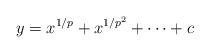
LaTeX: \begin{align*}y = x^{1/p} + x^{1/p^2} + \dots + c\end{align*}